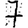
Digit: 7